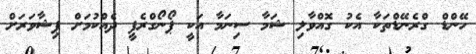
ހޭންޑް ގްރެނޭޑްތަކާ އެކު ގޮއްވާލި ޝަމާ ސިނަމާ އަކީ ޕޯނޯގްރެފީ ދެއްކުމަށް ޕިޝާވަރަށް